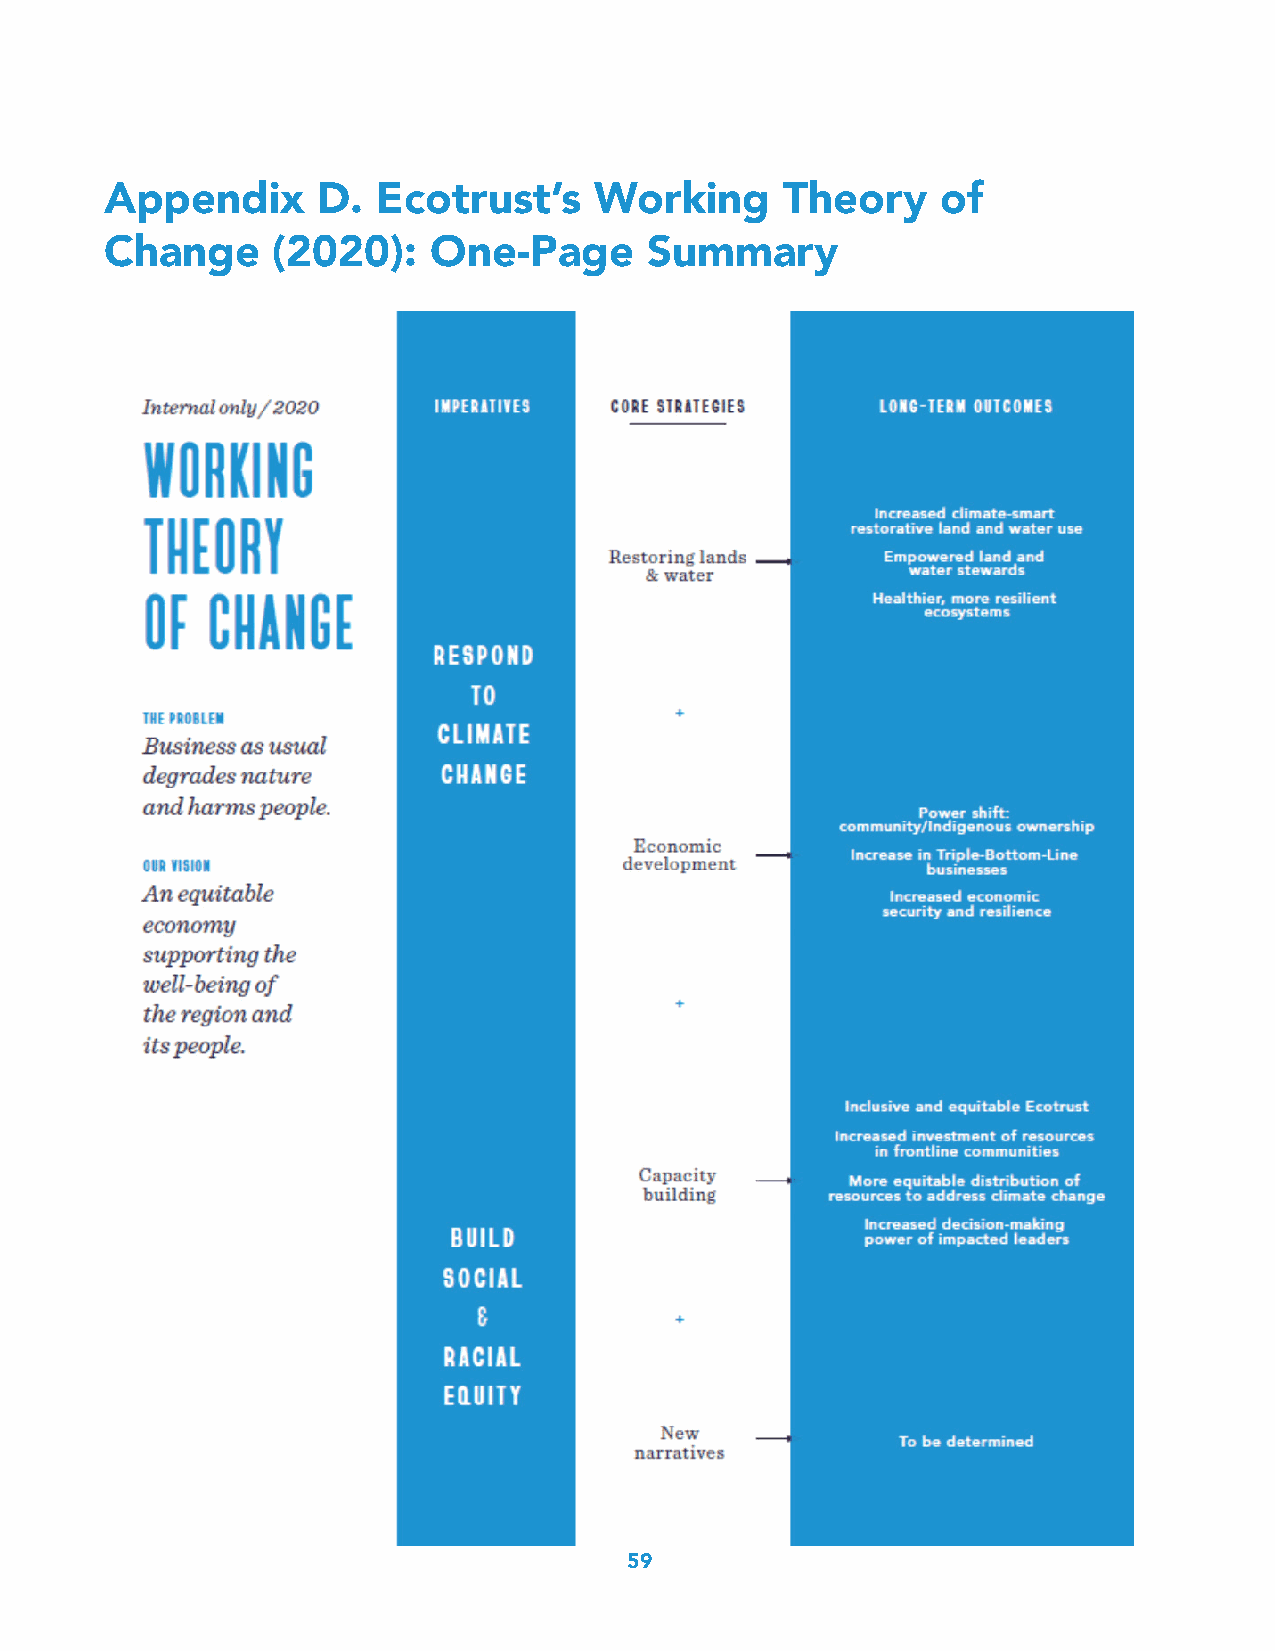
Appendix      D.  Ecotrust’s    Working      Theory    of
 Change     (2020):   One-Page       Summary
 59